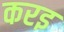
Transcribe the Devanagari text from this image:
करइ